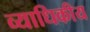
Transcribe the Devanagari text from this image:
व्याधिकीय